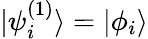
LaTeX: {|\psi_{i}^{(1)}\rangle=|\phi_{i}\rangle}